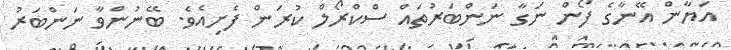
އަޔާން އޭނާގެ ފޯން ނަގާ ނަންބަރުތައް ސްކްރޯލް ކުރަން ފެށިއެވެ. ބޭނުންވާ ނަންބަރު